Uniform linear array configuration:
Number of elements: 8
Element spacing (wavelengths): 0.5
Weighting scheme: binomial
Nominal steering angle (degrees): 0
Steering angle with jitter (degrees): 0.3289
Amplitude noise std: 0.05
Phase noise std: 0.05

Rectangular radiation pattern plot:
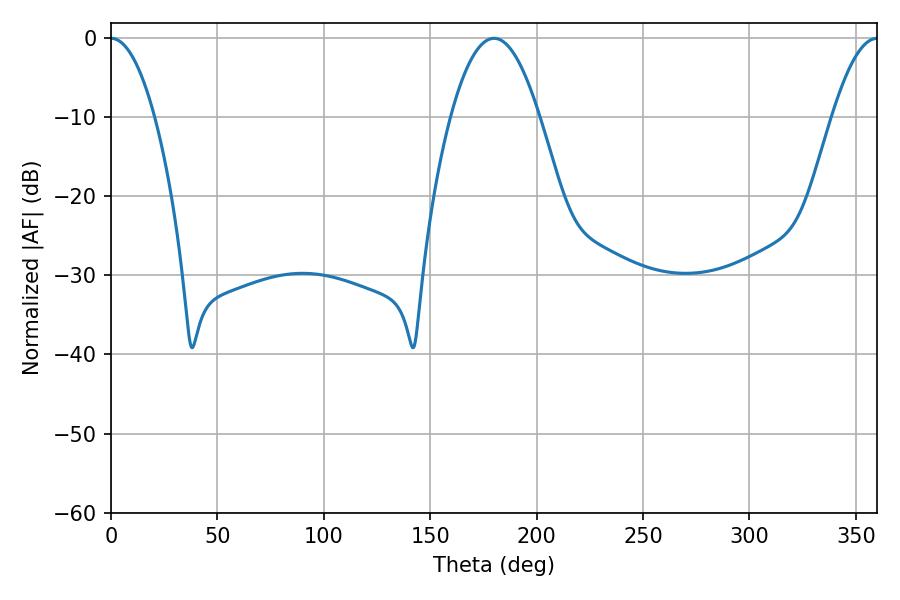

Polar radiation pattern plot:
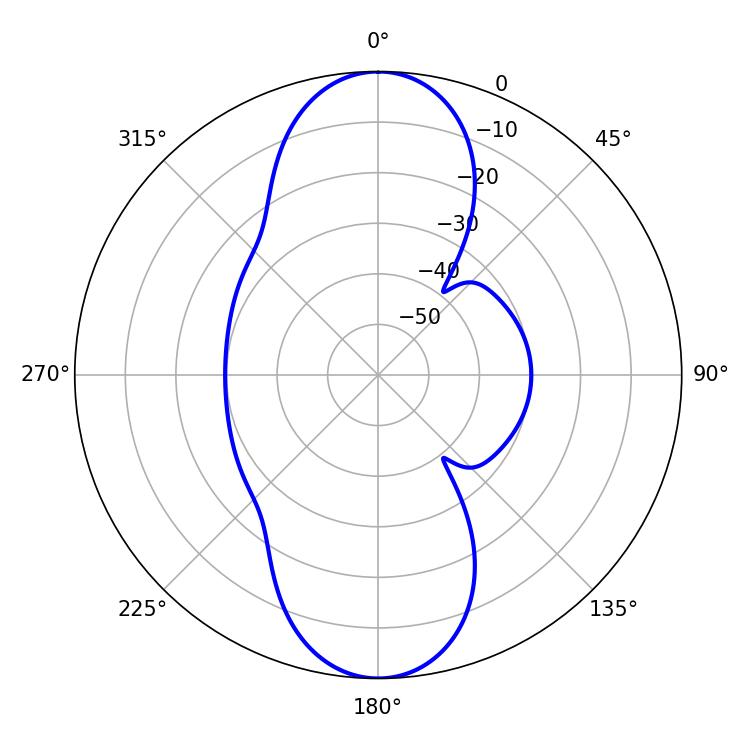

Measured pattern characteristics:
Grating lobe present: FALSE
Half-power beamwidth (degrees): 22.86
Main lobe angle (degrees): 180